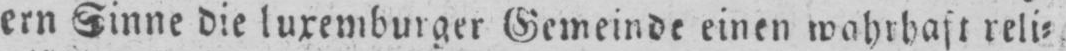
ern Sinne die luxemburger Gemeinde einen wahrhaft reli⸗